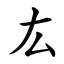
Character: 厷